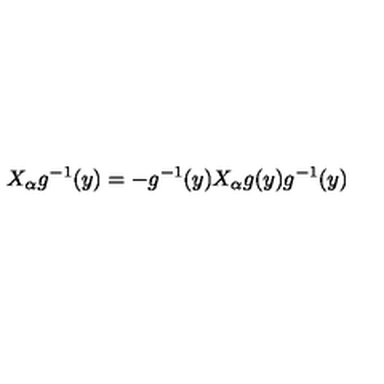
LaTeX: X _ { \alpha } g ^ { - 1 } ( y ) = - g ^ { - 1 } ( y ) X _ { \alpha } g ( y ) g ^ { - 1 } ( y )